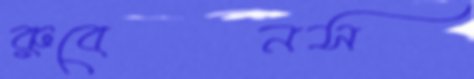
রুবেনস